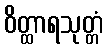
ဝိတ္ထာရသုတ္တံ